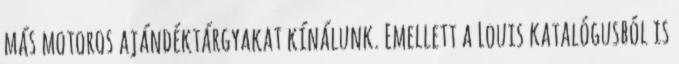
más motoros ajándéktárgyakat kínálunk. Emellett a Louis katalógusból is